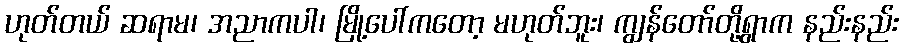
ဟုတ်တယ် ဆရာမ၊ အညာကပါ၊ မြို့ပေါ်ကတော့ မဟုတ်ဘူး၊ ကျွန်တော်တို့ရွာက နည်းနည်း